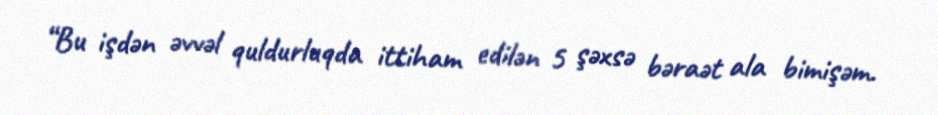
“Bu işdən əvvəl quldurluqda ittiham edilən 5 şəxsə bəraət ala bimişəm.